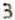
3